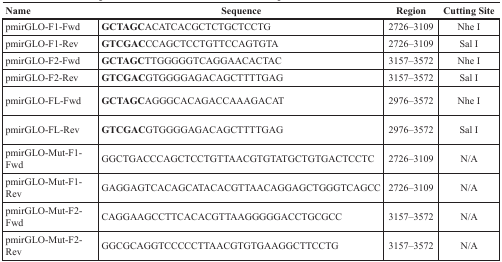
<table><thead><tr><td><b>Name</b></td><td><b>Sequence</b></td><td><b>Region</b></td><td><b>Cutting Site</b></td></tr></thead><tbody><tr><td>pmirGLO-F1-Fwd</td><td><b>GCTAGC</b>ACATCACGCTCTGCTCCTG</td><td>2726–3109</td><td>Nhe I</td></tr><tr><td>pmirGLO-F1-Rev</td><td><b>GTCGAC</b>CCAGCTCCTGTTCCAGTGTA</td><td>2726–3109</td><td>Sal I</td></tr><tr><td>pmirGLO-F2-Fwd</td><td><b>GCTAGC</b>TTGGGGGTCAGGAACACTAC</td><td>3157–3572</td><td>Nhe I</td></tr><tr><td>pmirGLO-F2-Rev</td><td><b>GTCGAC</b>GTGGGGAGACAGCTTTTGAG</td><td>3157–3572</td><td>Sal I</td></tr><tr><td>pmirGLO-FL-Fwd</td><td><b>GCTAGC</b>AGGGCACAGACCAAAGACAT</td><td>2976–3572</td><td>Nhe I</td></tr><tr><td>pmirGLO-FL-Rev</td><td><b>GTCGAC</b>GTGGGGAGACAGCTTTTGAG</td><td>2976–3572</td><td>Sal I</td></tr><tr><td>pmirGLO-Mut-F1-Fwd</td><td>GGCTGACCCAGCTCCTGTTAACGTGTATGCTGTGACTCCTC</td><td>2726–3109</td><td>N/A</td></tr><tr><td>pmirGLO-Mut-F1-Rev</td><td>GAGGAGTCACAGCATACACGTTAACAGGAGCTGGGTCAGCC</td><td>2726–3109</td><td>N/A</td></tr><tr><td>pmirGLO-Mut-F2-Fwd</td><td>CAGGAAGCCTTCACACGTTAAGGGGGACCTGCGCC</td><td>3157–3572</td><td>N/A</td></tr><tr><td>pmirGLO-Mut-F2-Rev</td><td>GGCGCAGGTCCCCCTTAACGTGTGAAGGCTTCCTG</td><td>3157–3572</td><td>N/A</td></tr></tbody></table>